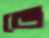
ভে